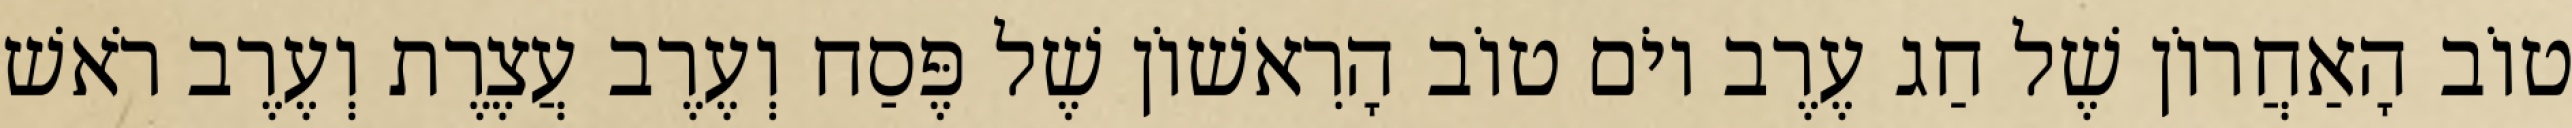
טוֹב הָאַחֲרוֹן שֶׁל חַג עֶרֶב יוֹם טוֹב הָרִאשׁוֹן שֶׁל פֶּסַח וְעֶרֶב עֲצֶרֶת וְעֶרֶב רֹאשׁ